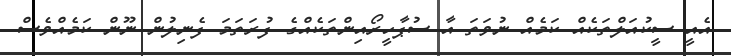
އެއީ ސީކުއަލްތަކެއް ކަމެއް ނުވަތަ އާ ސުޕާހީރޯއިންތަކެއްގެ ފުރަތަމަ ފެނިލުން ނޫން ކަމެއްވެސް